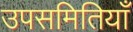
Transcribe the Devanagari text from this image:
उपसमितियाँ